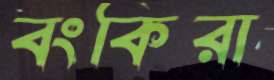
বংকিরা